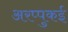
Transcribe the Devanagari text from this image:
अरप्पुकई